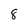
Character: 8